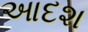
આદશ